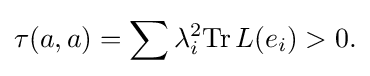
\displaystyle {\tau (a,a)=\sum \lambda _{i}^{2}\mathrm {Tr} \,L(e_{i})>0.}